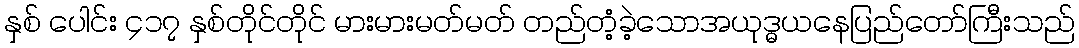
နှစ် ပေါင်း ၄၁၇ နှစ်တိုင်တိုင် မားမားမတ်မတ် တည်တံ့ခဲ့သောအယုဒ္ဓယနေပြည်တော်ကြီးသည်